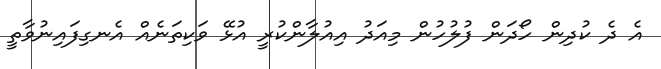
އެ ދެ ކުދިން ހޯދަން ފުލުހުން މިއަދު އިއުލާންކުރީ އުޅޭ ވަކިތަނެއް އެނގިފައިނުވާތީ